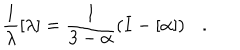
LaTeX: \frac { 1 } { \lambda } [ \lambda ] = \frac { 1 } { 3 - \alpha } \left( I - [ \alpha ] \right) .